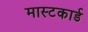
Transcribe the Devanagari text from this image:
मास्टकार्ड